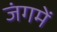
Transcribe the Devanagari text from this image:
जंगमें